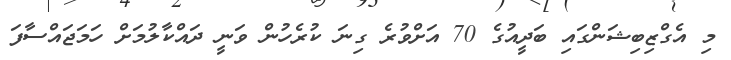
މި އެގްޒިބިޝަންގައި ބަދީއުގެ 70 އަށްވުރެ ގިނަ ކުރެހުން ވަނީ ދައްކާލުމަށް ހަމަޖައްސާފަ